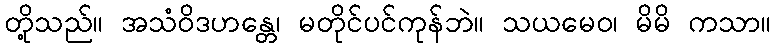
တို့သည်။ အသံဝိဒဟန္တေ၊ မတိုင်ပင်ကုန်ဘဲ။ သယမေဝ၊ မိမိ ကသာ။